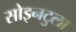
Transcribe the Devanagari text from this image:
सोइनटुला